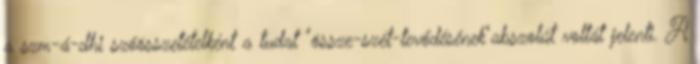
a szm-á-dhi szóösszetételként a tudat "össze-szét-tevődésének"abszolút voltát jelenti. A